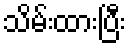
သိမ်းထားပြီး